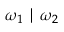
\omega _ { 1 } \mid \omega _ { 2 }